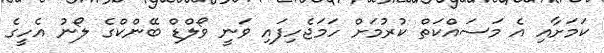
ކަމަށާއި އެ މަސައްކަތް ކުރުމަށް ހަމަޖެހިފައި ވަނީ ވޯލްޑް ބޭންކްގެ ލޯނު އެހީގެ